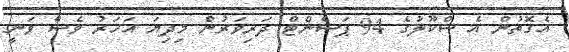
އެގޮތުން އެ ސްކޫލުގެ 94 ޕަސެންޓް ދަރިވަރުން މިދިޔަ އަހަރު ވެސް ވަނީ